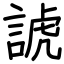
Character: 諕